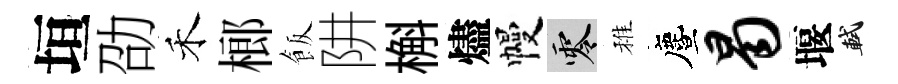
垣劭禾榔飯阱槲燼幔零稚󵨌曷堰軾